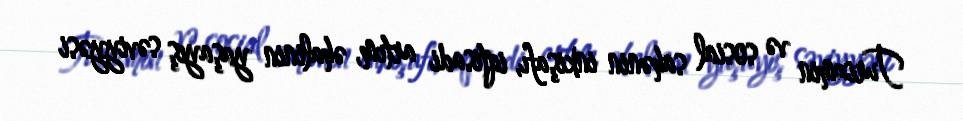
Turizmin və sosial sahənin inkişafı, iqtisadi artım, əhalinin yaşayış səviyyəsi